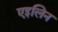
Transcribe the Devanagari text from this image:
एइलिन